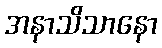
အနာသိသာနော